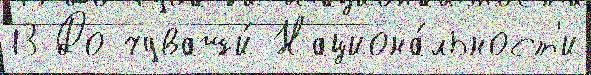
13 До чуваши́ Национа́льност'и